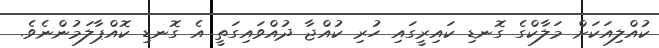
ކުއްލިއަކަށް މަލާކްގެ ގޮނޑި ކައިރީގައި ހުރި ކުއްޖާ ދުއްވައިގަތީ އެ ގޮނޑި ކޮއްޕާލަމުންނެވެ.